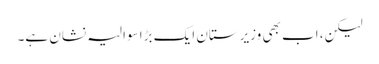
لیکن، اب بھی وزیرستان ایک بڑا سوالیہ نشان ہے۔